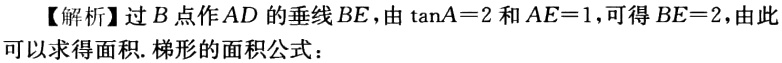
【解析】过\(B\)点作\(AD\)的垂线\(BE\)，由\(\tan A = 2\)和\(AE = 1\)，可得\(BE = 2\)，由此可以求得面积. 梯形的面积公式：